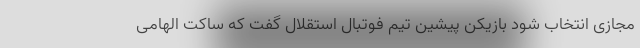
مجازی انتخاب شود بازیکن پیشین تیم فوتبال استقلال گفت که ساکت الهامی